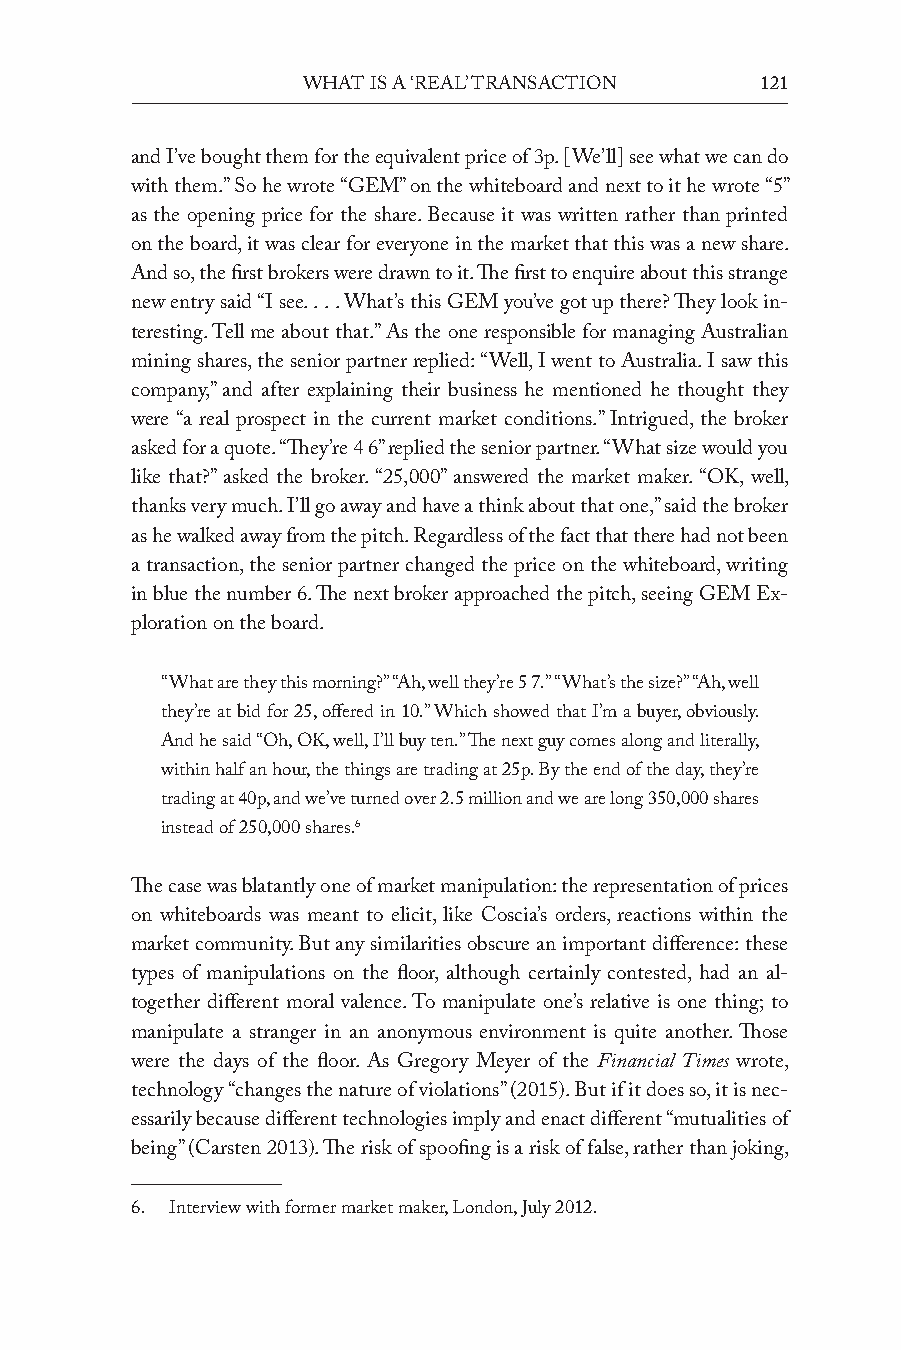
What is a ‘real’ transaction  121
 and I’ve bought them for the equivalent price of 3p. [We’ll] see what we can do
 with them.” So he wrote “GeM” on the whiteboard and next to it he wrote “5”
 as the opening price for the share. Because it was written rather than printed
 on the board, it was clear for everyone in the market that this was a new share.
 And so, the first brokers were drawn to it. The first to enquire about this strange
 new entry said “I see. . . . What’s this GeM you’ve got up there? They look in-
 teresting. Tell me about that.” As the one responsible for managing Australian
 mining shares, the senior partner replied: “Well, I went to Australia. I saw this
 company,” and after explaining their business he mentioned he thought they
 were “a real prospect in the current market conditions.” Intrigued, the broker
 asked for a quote. “They’re 4 6” replied the senior partner. “What size would you
 like that?” asked the broker. “25,000” answered the market maker. “OK, well,
 thanks very much. I’ll go away and have a think about that one,” said the broker
 as he walked away from the pitch. Regardless of the fact that there had not been
 a transaction, the senior partner changed the price on the whiteboard, writing
 in blue the number 6. The next broker approached the pitch, seeing GeM ex-
 ploration on the board.
 “What are they this morning?” “Ah, well they’re 5 7.” “What’s the size?” “Ah, well
 they’re at bid for 25, offered in 10.” Which showed that I’m a buyer, obviously.
 And he said “Oh, OK, well, I’ll buy ten.” The next guy comes along and literally,
 within half an hour, the things are trading at 25p. By the end of the day, they’re
 trading at 40p, and we’ve turned over 2.5 million and we are long 350,000 shares
 instead of 250,000 shares.6
 The case was blatantly one of market manipulation: the representation of prices
 on whiteboards was meant to elicit, like Coscia’s orders, reactions within the
 market community. But any similarities obscure an important difference: these
 types of manipulations on the floor, although certainly contested, had an al-
 together different moral valence. To manipulate one’s relative is one thing; to
 manipulate a stranger in an anonymous environment is quite another. Those
 were the days of the floor. As Gregory Meyer of the Financial Times wrote,
 technology “changes the nature of violations” (2015). But if it does so, it is nec-
 essarily because different technologies imply and enact different “mutualities of
 being” (Carsten 2013). The risk of spoofing is a risk of false, rather than joking,
 6. Interview with former market maker, London, July 2012.